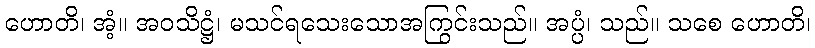
ဟောတိ၊ အံ့။ အဝသိဋ္ဌံ၊ မသင်ရသေးသောအကြွင်းသည်။ အပ္ပံ၊ သည်။ သစေ ဟောတိ၊